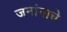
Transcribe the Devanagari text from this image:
जनांगाचे